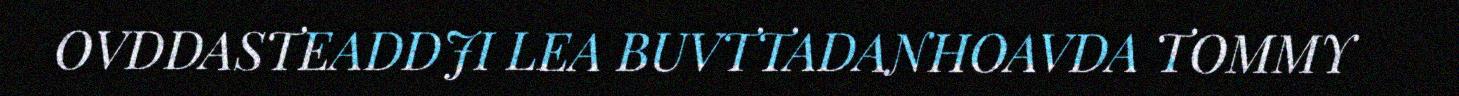
OVDDASTEADDJI LEA BUVTTADANHOAVDA TOMMY